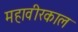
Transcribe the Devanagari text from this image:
महावीरकाल